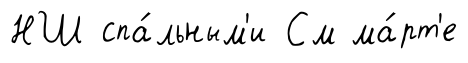
НШ спа́льным'и См ма́рт'е